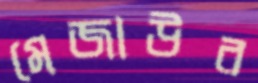
মেজাউর